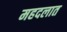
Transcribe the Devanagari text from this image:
महदलात